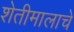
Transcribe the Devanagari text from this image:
शेतीमालाचे